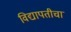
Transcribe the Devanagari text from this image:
विद्यापतीचा